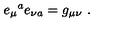
e _ { \mu } { } ^ { a } e _ { \nu a } = g _ { \mu \nu } \ .